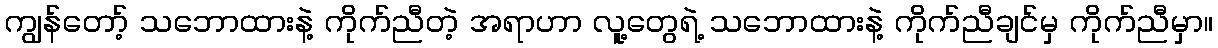
ကျွန်တော့် သဘောထားနဲ့ ကိုက်ညီတဲ့ အရာဟာ လူ့တွေရဲ့ သဘောထားနဲ့ ကိုက်ညီချင်မှ ကိုက်ညီမှာ။